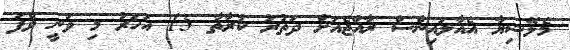
މެލޭޝިޔާ އެއާލައިންސް ރާއްޖެއަށް ދަތުރު ކުރާތާ 15 އަހަރު މި ވަނީ ވެފަ